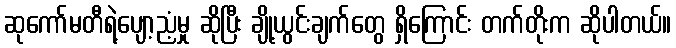
ဆုကော်မတီရဲ့ပျော့ညံ့မှု ဆိုပြီး ချို့ယွင်းချက်တွေ ရှိကြောင်း တက်တိုးက ဆိုပါတယ်။